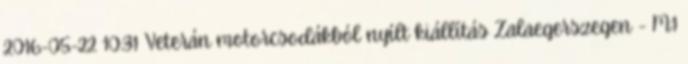
2016-05-22 10:31 Veterán motorcsodákból nyílt kiállítás Zalaegerszegen - M1